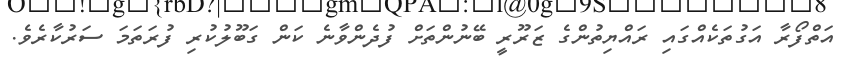
އަތްފޯރާ އަގުތަކެއްގައި ރައްޔިތުންގެ ޒަރޫރީ ބޭނުންތަށް ފުދެންވާނެ ކަން ގަބޫލުކުރި ފުރަތަމަ ސަރުކާރެވެ.